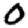
Digit: 0